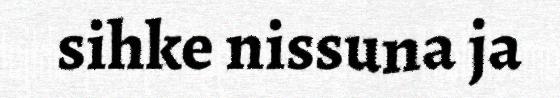
sihke nissuna ja